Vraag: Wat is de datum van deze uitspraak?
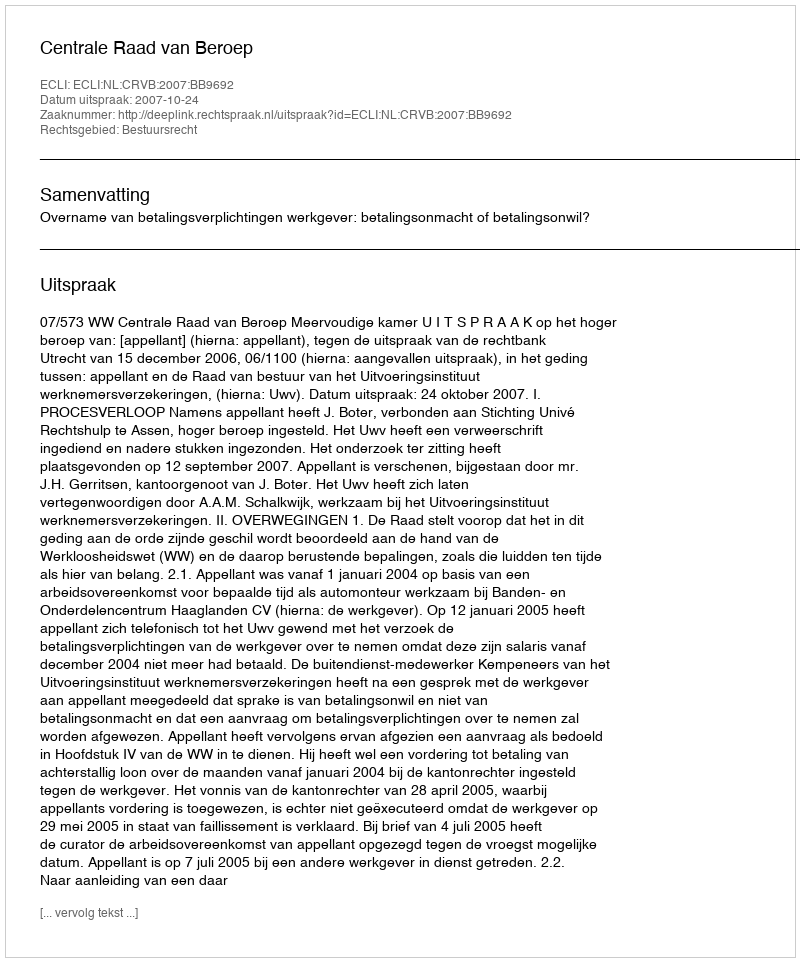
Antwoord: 2007-10-24